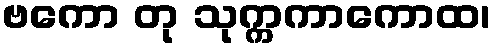
ဗကော တု သုက္ကကာကောထ၊